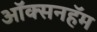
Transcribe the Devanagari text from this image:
ऑक्सनहॅम